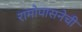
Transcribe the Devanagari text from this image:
रामोपासनेची